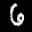
Label: 6